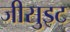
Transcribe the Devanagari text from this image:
जीसुइट